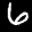
Label: 6